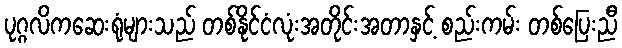
ပုဂ္ဂလိကဆေးရုံများသည် တစ်နိုင်ငံလုံးအတိုင်းအတာနှင့် စည်းကမ်း တစ်ပြေးညီ